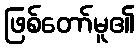
ဖြစ်တော်မူ၏